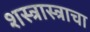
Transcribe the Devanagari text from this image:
शस्त्रास्त्राचा